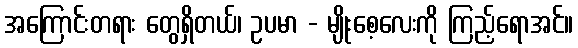
အကြောင်းတရား တွေရှိတယ်၊ ဥပမာ - မျိုးစေ့လေးကို ကြည့်ရောအင်။